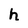
Character: h